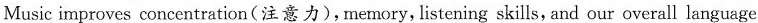
Music improves concentration(注意力), memory, listening skills, and our overall language